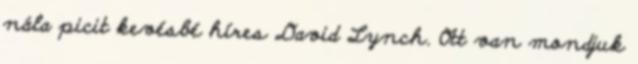
nála picit kevésbé híres David Lynch. Ott van mondjuk